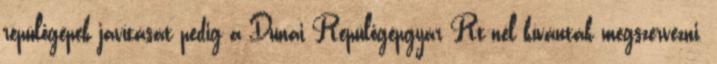
repülőgépek javítását pedig a Dunai Repülőgépgyár Rt-nél kívánták megszervezni.